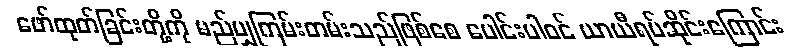
ဖော်ထုတ်ခြင်းတို့ကို မည်မျှကြမ်းတမ်းသည်ဖြစ်စေ ပေါင်းပါဝင် ယာယီရပ်ဆိုင်းကြောင်း